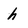
Character: h